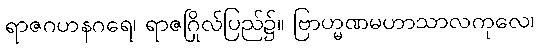
ရာဇဂဟနဂရေ၊ ရာဇဂြိုလ်ပြည်၌။ ဗြာဟ္မဏမဟာသာလကုလေ၊